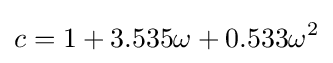
c=1+3.535\omega +0.533\omega ^{2}